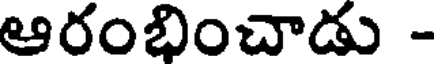
ఆరంభించాడు -